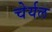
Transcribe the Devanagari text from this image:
चेर्यल